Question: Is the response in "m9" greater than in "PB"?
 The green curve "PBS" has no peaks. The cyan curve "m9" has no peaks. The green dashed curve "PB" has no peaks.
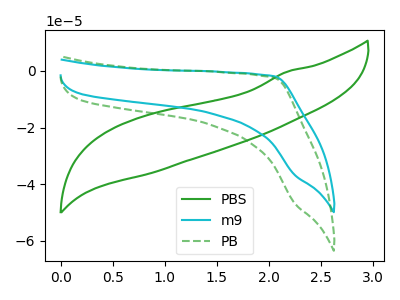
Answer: <think>Neither "m9" or "PB" have any peaks.
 </think>
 <answer>I cant tell if "m9" or "PB" has more signal.</answer>
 <eval>mixed_signal</eval>